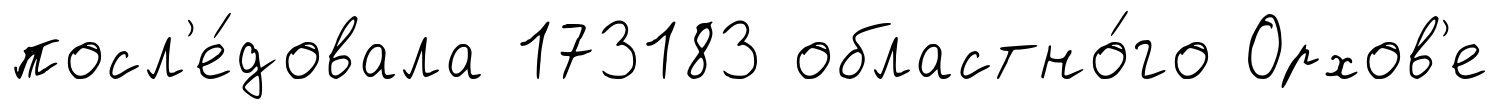
посл'е́довала 173183 областно́го Орхов'е